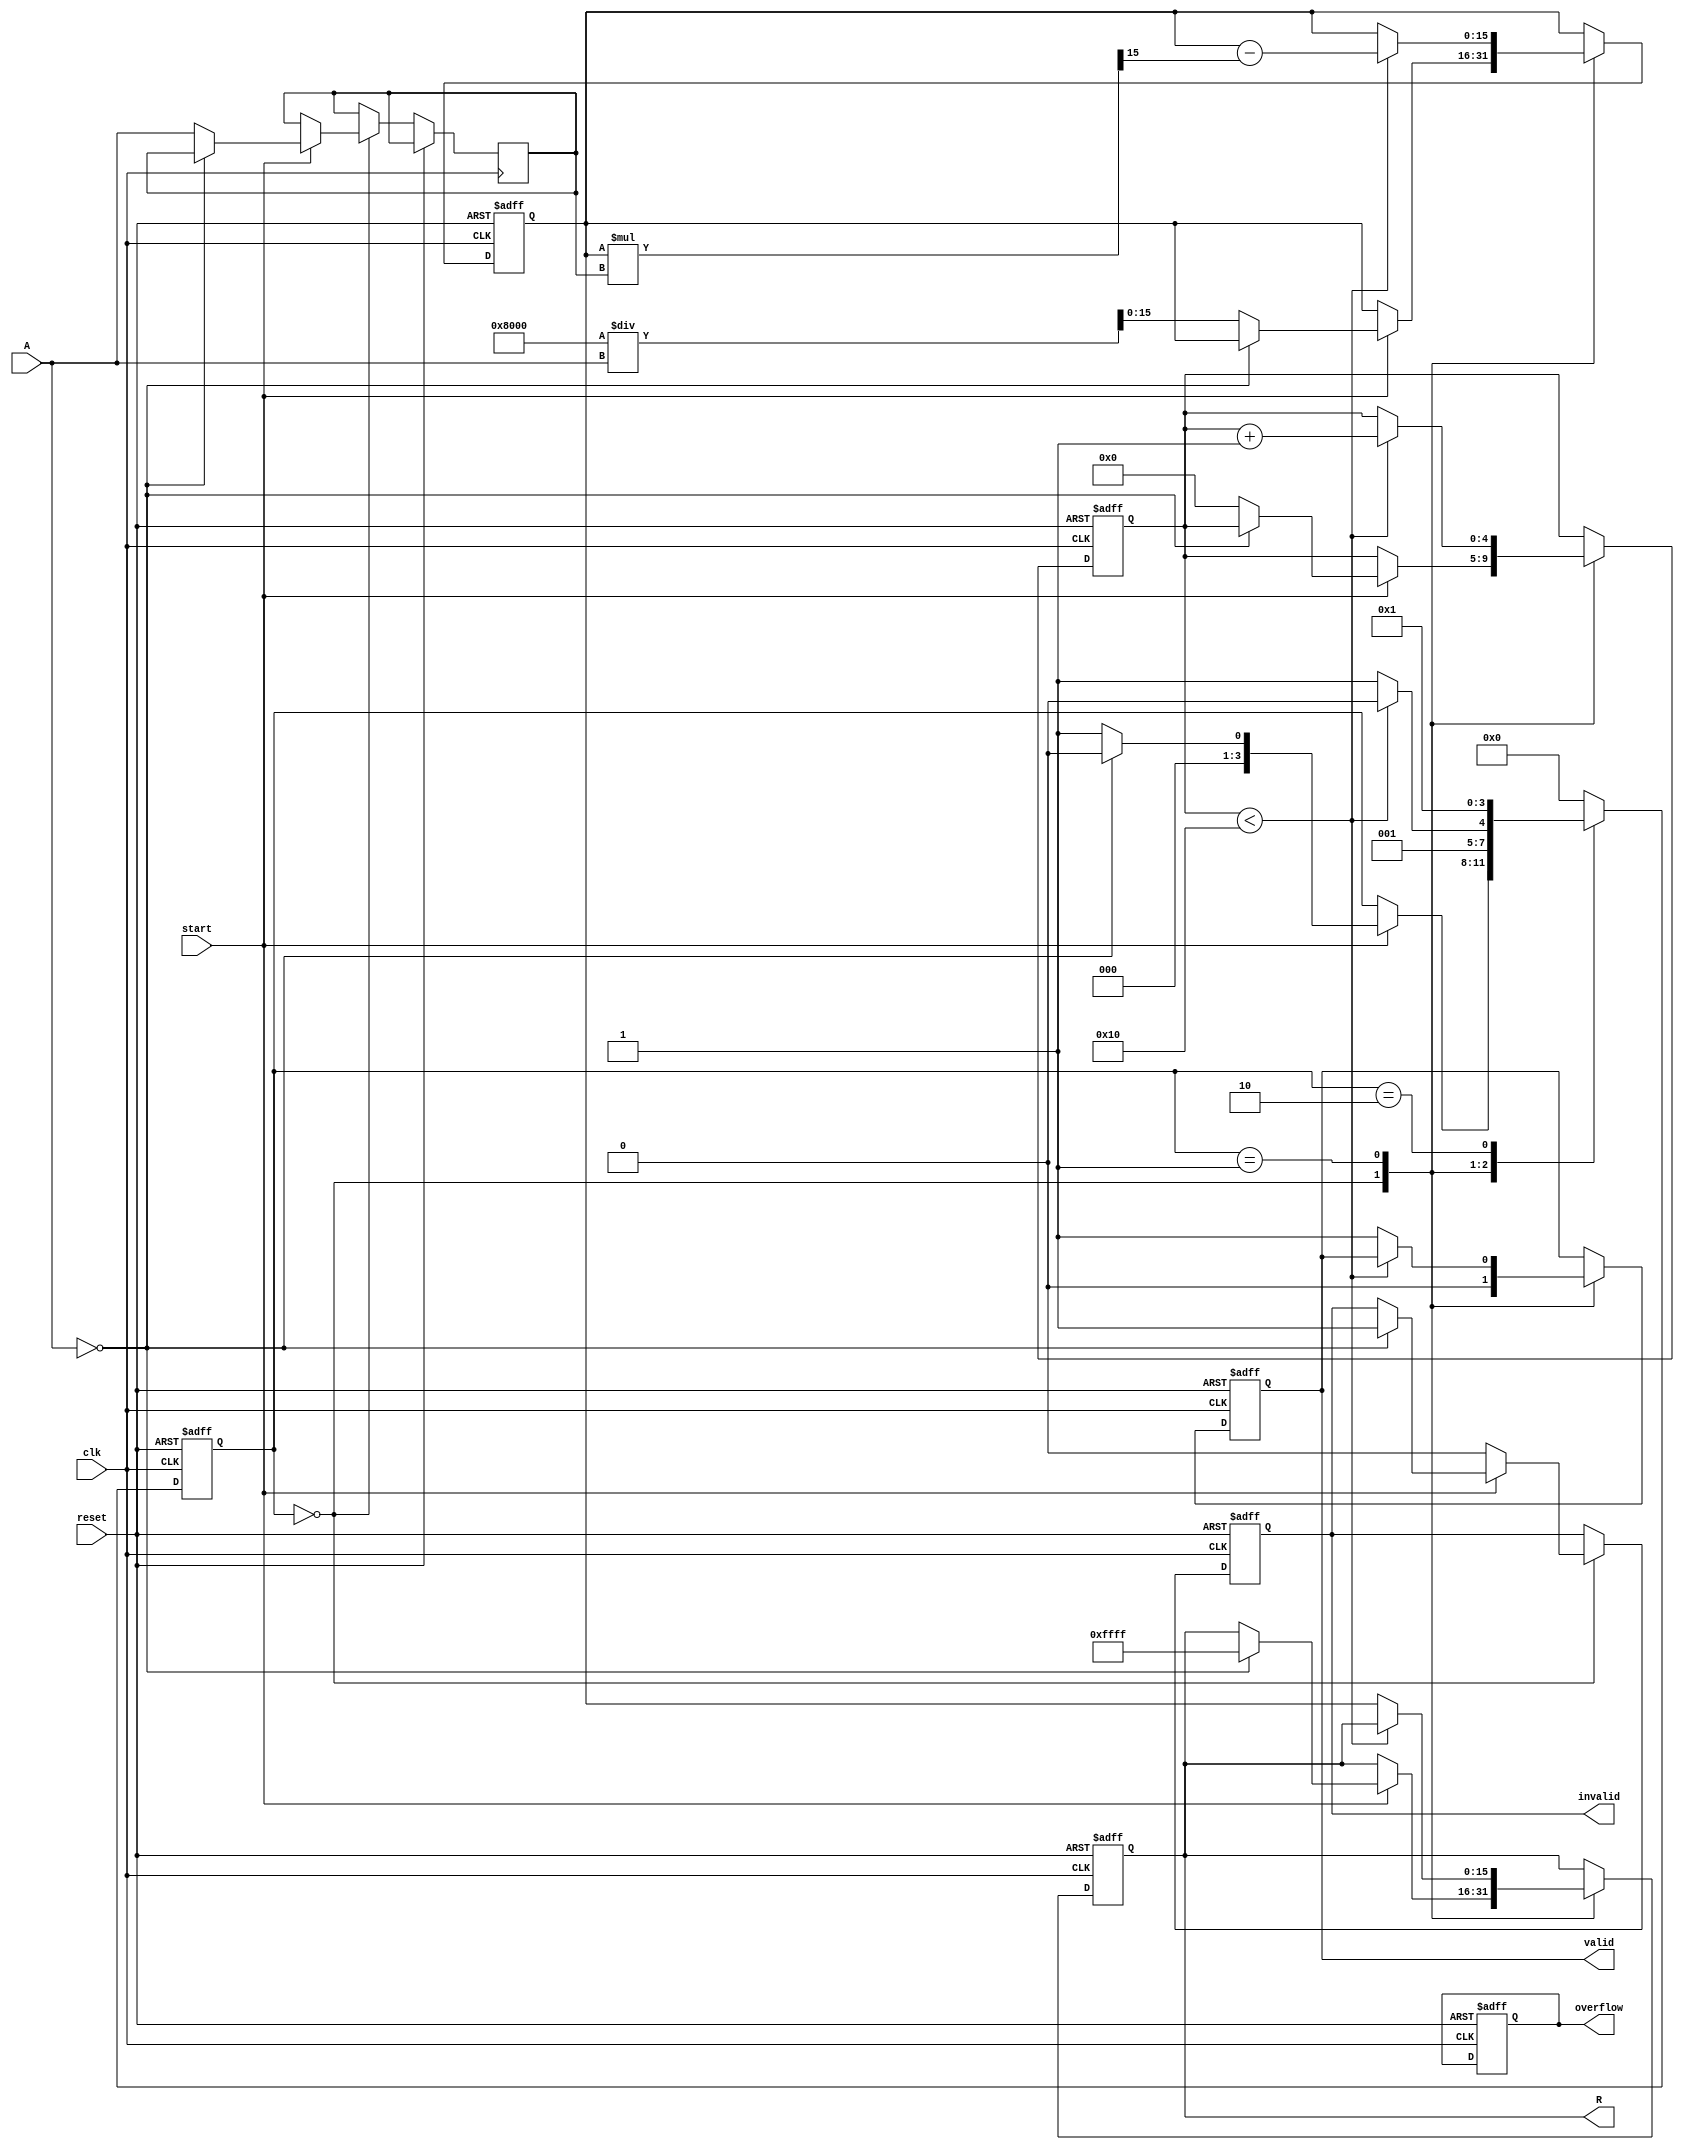
module BitwiseReciprocal #(
    parameter WIDTH = 16 // Width of the input/output
)(
    input  wire clk,
    input  wire reset,
    input  wire start,
    input  wire [WIDTH-1:0] A,
    output reg  [WIDTH-1:0] R,
    output reg  valid,
    output reg  overflow,
    output reg  invalid
);

    // Internal state declarations
    reg [3:0] state;  // FSM state
    reg [WIDTH-1:0] approx; // Approximation of the reciprocal
    reg [WIDTH-1:0] input_shifted; // Shifted input
    reg [4:0] iteration; // Iteration count

    // Define states
    localparam IDLE = 4'd0,
               INIT = 4'd1,
               COMPUTE = 4'd2,
               OUTPUT = 4'd3;

    // State machine for controlling the operation
    always @(posedge clk or posedge reset) begin
        if (reset) begin
            state <= IDLE;
            R <= 0;
            valid <= 0;
            overflow <= 0;
            invalid <= 0;
            approx <= 0;
            iteration <= 0;
        end else begin
            case (state)
                IDLE: begin
                    valid <= 0;
                    if (start) begin
                        if (A == 0) begin
                            invalid <= 1; // Division by zero
                            R <= {WIDTH{1'b1}}; // Set output to max representable value
                            state <= IDLE; // Stay in IDLE
                        end else begin
                            input_shifted <= {1'b0, A}; // Shift input left for processing
                            approx <= (1 << (WIDTH-1)) / A; // Initial approximation
                            iteration <= 0;
                            state <= INIT;
                        end
                    end else begin
                        invalid <= 0; // Clear invalid flag
                    end
                end

                INIT: begin
                    if (iteration < WIDTH) begin
                        // Perform the iterative refinement
                        approx <= approx - ((approx * input_shifted) >> (WIDTH-1));
                        iteration <= iteration + 1;
                        state <= COMPUTE;
                    end else begin
                        // When iterations are complete, go to output state
                        R <= approx; // Store final approximation
                        valid <= 1; // Indicate valid output
                        state <= OUTPUT;
                    end
                end

                COMPUTE: begin
                    // Simply transition back to INIT for the next iteration
                    state <= INIT;
                end

                OUTPUT: begin
                    // Output valid value and reset for next operation
                    state <= IDLE;
                end

                default: begin
                    state <= IDLE; // Default to IDLE
                end
            endcase
        end
    end

endmodule